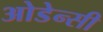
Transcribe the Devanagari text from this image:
ओडेन्सी